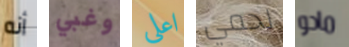
أنه وغبي اعلي لحمي مادو